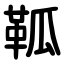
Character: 䩝